Civil Veterinary Department Bihar reports 1940-50 - 1940-1950
Year: 1940
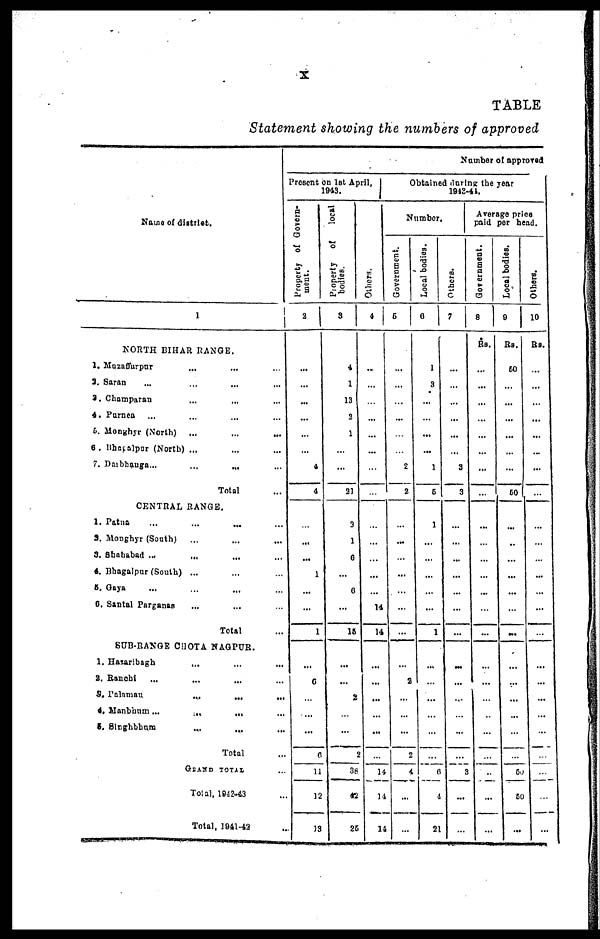
X
TABLE
Statement showing the numbers of approved
Name of district.
1
NORTH BIHAR RANGE.
1. Muzaffarpur ... ... ...
3. Saran ... ... ... ...
3. Champaran ... ... ...
4. Purnea ... ... ...
5. Monghyr (North) ... ... ...
6. Bhagalpur (North) ... ... ...
7. Darbhanga ... ... ...
Total ...
CENTRAL RANGE.
1. Patna ... ... ... ...
3. Monghyr (South) ... ... ...
3. Shahabad ... ... ... ...
4. Bhagalpur (South) ... ... ...
5. Gaya ... ... ... ...
6. Santal Parganas ... ... ...
Total ...
SUB-RANGE CHOTA NAGPUR.
1. Hazarlbagh ... ... ...
2. Ranchi ... ... ... ...
3. Palamau ... ... ...
4. Manbhum . ... ... ... ...
5. Singhbhum ... ... ...
Total
GRAND TOTAL ...
Total, 1942-43 ...
Total, 1941-42 ...
Number of approved
Present on 1st April,
1943.
Property of Govern-
ment.
2
...
...
...
...
...
...
4
4
...
...
...
1
...
...
1
...
6
...
...
...
6
11
12
13
Property of
local
bodies.
3
4
1
13
2
1
...
...
21
2
1
6
...
6
...
15
...
...
2
...
...
2
38
42
25
Ot her s .
4
...
...
...
...
...
...
...
...
...
...
...
...
...
14
14
...
...
...
...
...
...
14
14
14
Obtained during the year
1943-44.
Number.
Government.
5
...
...
...
...
...
...
2
2
...
...
...
...
...
...
...
...
2
...
...
...
2
4
...
...
Local bodies.
6
1
3
...
...
...
...
1
5
1
...
...
...
...
...
1
...
...
...
...
...
...
6
4
21
Others.
7
...
...
...
...
...
...
3
3
...
...
...
...
...
...
...
...
...
...
...
...
...
3
...
...
Average price
paid per head.
Government.
8
Rs.
...
...
...
...
...
...
...
...
...
...
...
...
...
...
...
...
...
...
...
...
...
...
...
...
Local bodies.
9
Rs.
50
...
...
...
...
...
...
50
...
...
...
...
...
...
...
...
...
...
...
...
...
50
50
...
Others.
10
Rs.
...
...
...
...
...
...
...
...
...
...
...
...
...
...
...
...
...
...
...
...
...
...
...
...